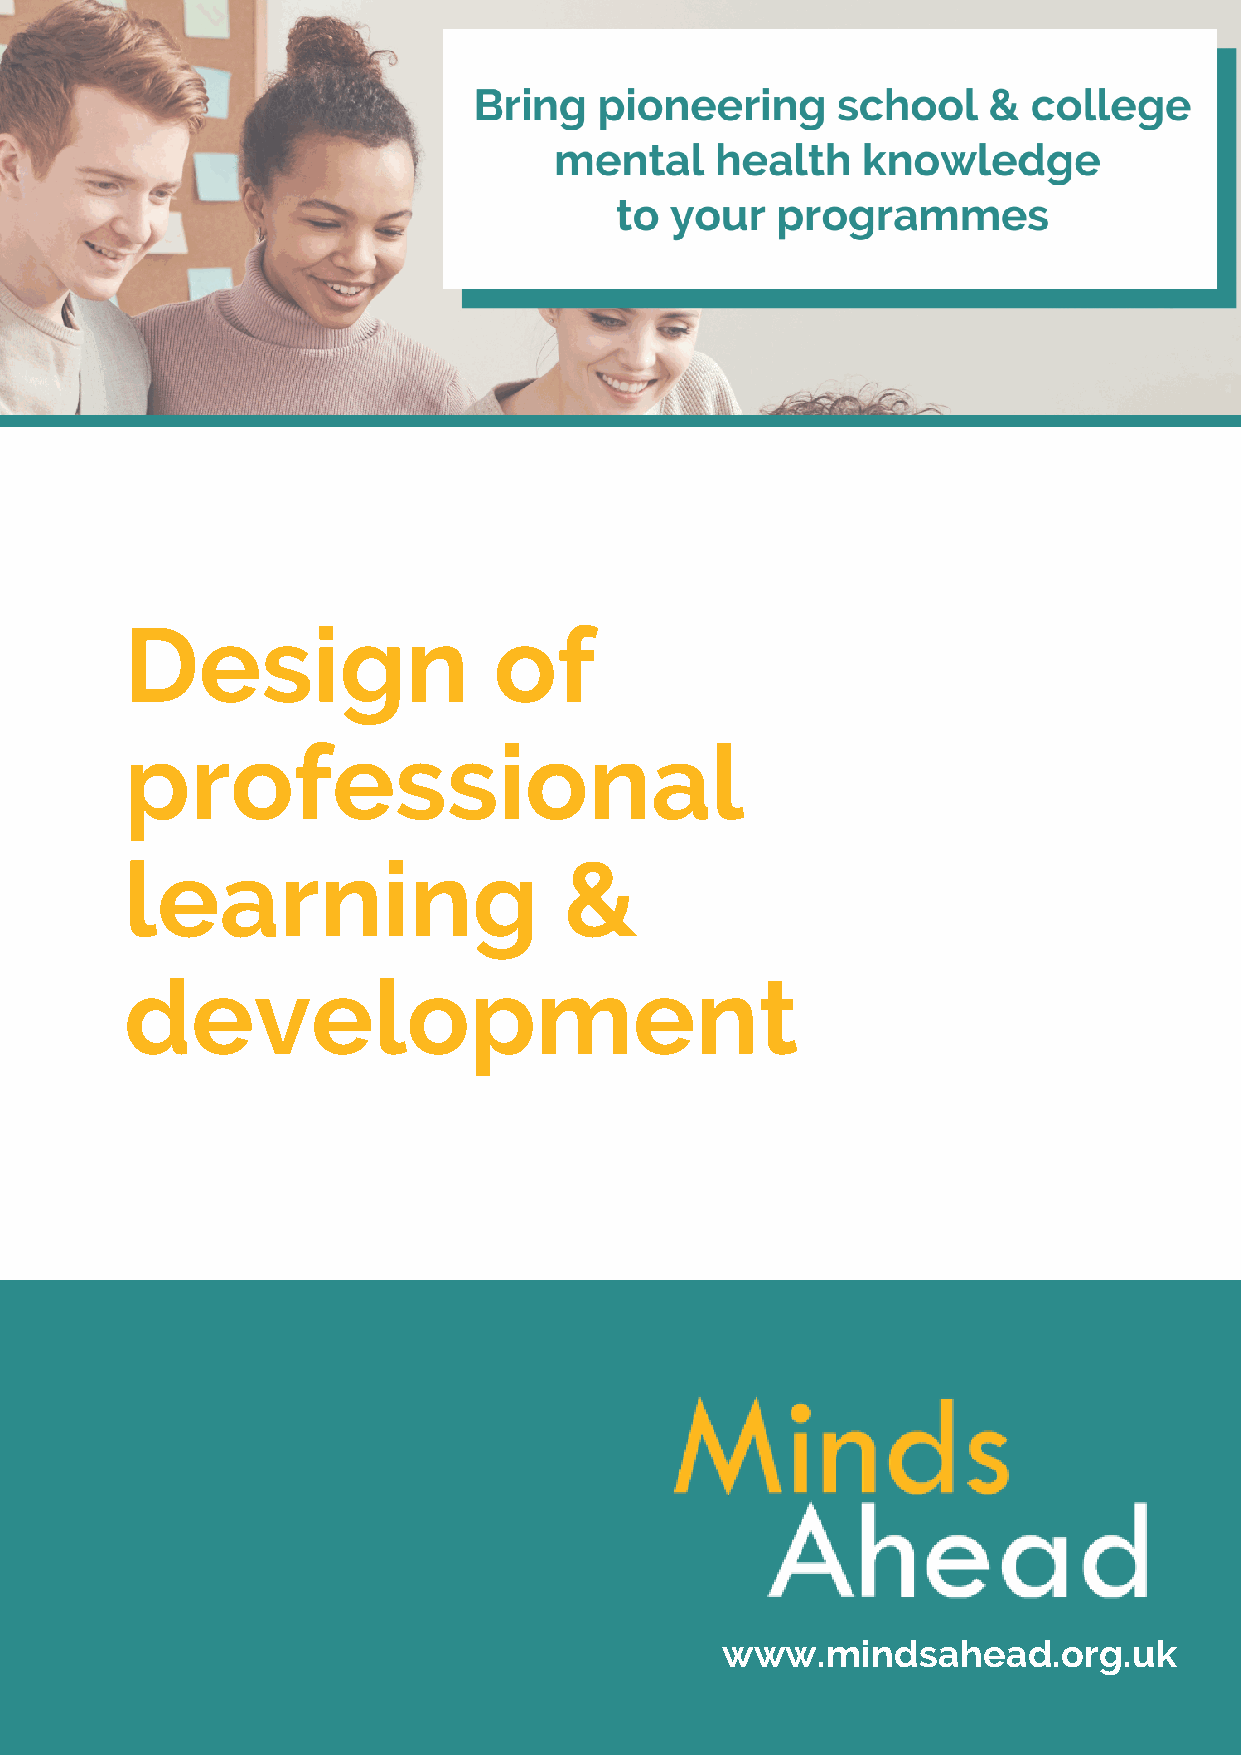
Design                   of
 professional
 learning                     &
 development
 www.mindsahead.org.uk